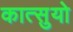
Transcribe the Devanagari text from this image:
कात्सुयो